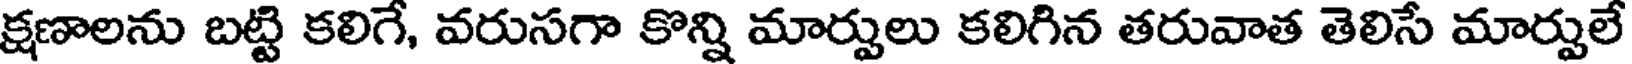
క్షణాలను బట్టి కలిగే, వరుసగా కొన్ని మార్పులు కలిగిన తరువాత తెలిసే మార్పులే